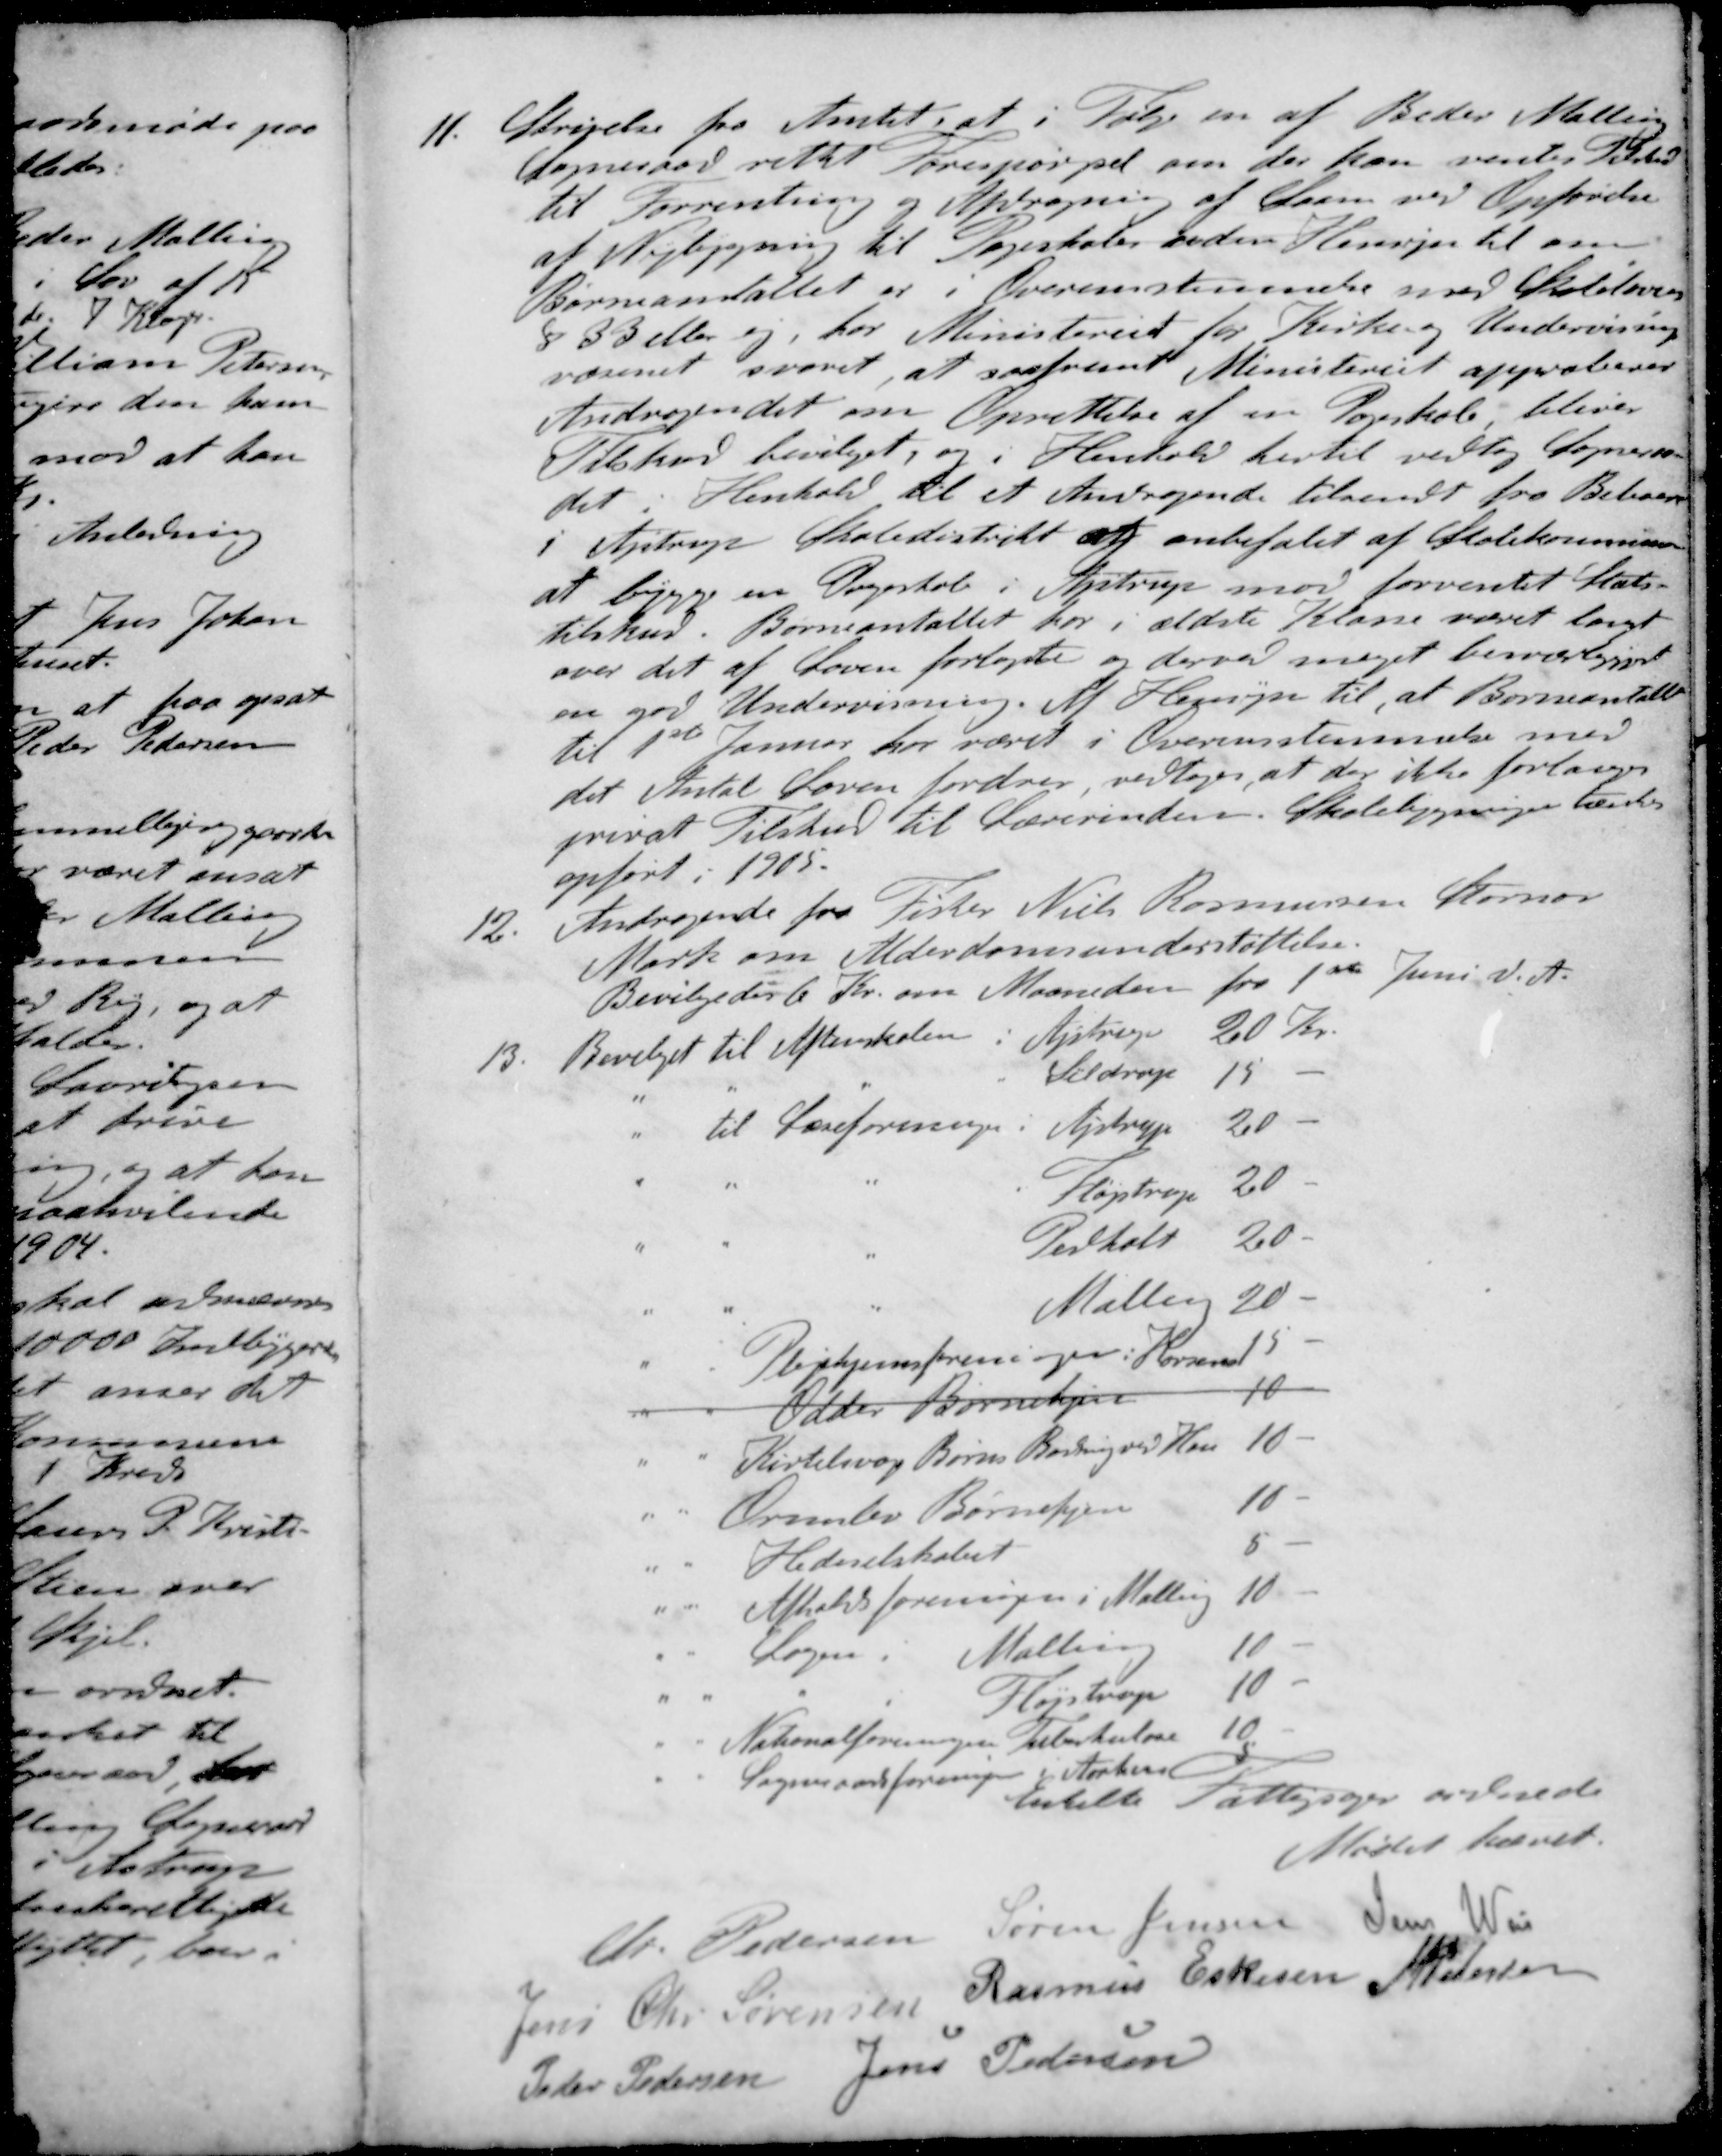
Transskription:
11. Skrivelse fra Amtet, at i Følge en af Beder Malling
Sogneraad rettet forespørgsel om der kan ventes Tilskud
til Forrentning og Afdragning af Laan ved Opførelse
at Nybygning til Pogeskoler under Hensyn til om
Børneantallet er i Overensstemmelse med Skoleloven
§ 33 eller ej har Ministeriet for Kirke og Undervisning
væsenet svaret, at saafremt Ministeriet approberer
Andragendet om Oprettelse af en Pogeskole bliver
Tilskud bevilget, og i Henhold hertil vedtog Sogneraa-
det i Henhold til et Andragende tilsendt fra Beboere
i Ajstrup Skoledistrikt og anbefalet af Skolekommission
at bygge en Pogeskole i Ajstrup mod forventet Stats-
tilskud. Børneantallet har i ældste Klasse været langt
over det af Loven forlagte og derved meget besværgjort
en god Undervisning. Af Hensyn til, at Børneantallet
til 1ste Januar har været i Overensstemmelse med
det Antal Loven fordrer vedtoges, at der ikke forlanges
privat Tilskud til Lærerinden. Skolebygninger tænkes
opført i 1905.
12. Andragende fra Fisker Niels Rasmussen Stornor
Mark om Alderdomsunderstøttelse.
Bevilgedes 6 Kr. om Maaneden fra 1ste Juni d. A.
13. Bevilget til Aftenskolen i Ajstrup 20 Kr.
" " " i Seldrup 15 -
" til Læseforeninger Ajstrup 20 -
" " " i Fløjstrup 20 -
" " " Pedholt 20 -
" " " Malling 20 -
" " Pleiehjemsforeninger i Horsens 15 -
" " Odder Børnehjem 10 -
" " Kirtelsvage Børns Badning ved Han 10 -
" " Ormslev Børnehjem 10 -
" " Hedeselskabet 5 -
" " Afholdsforeningen i Malling 10 -
" " Logen i Malling 10 -
" " " i Fløjstrup 10 -
" " Nationalforeningen Tuberkulose 10 -
" " Sogneraadsforeningen i Aarhus 5
Enkelte Fattigsager ordnede
Mødet hævet.
St Pedersen
Søren Jensen
Jens Weis
Jens Chr. Sørensen
Rasmus Eskesen
M Pedersen
Peder Pedersen
Jens Pedersen